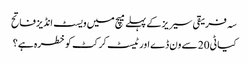
سہ فریقی سیریز کے پہلے میچ میں ویسٹ انڈیز فاتح
کیا ٹی20 سے ون ڈے اور ٹیسٹ کرکٹ کو خطرہ ہے؟